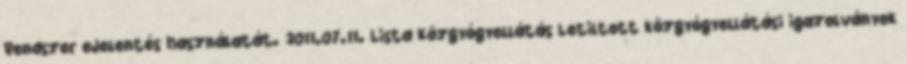
Rendszer eJelentés használatát. 2011.07.11. Lista Közgyógyellátás Letiltott közgyógyellátási igazolványok